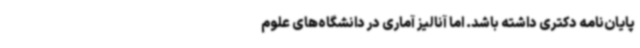
پایان‌نامه دکتری داشته باشد. اما آنالیز آماری در دانشگاه‌های علوم